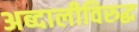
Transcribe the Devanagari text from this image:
अब्दालीविरुद्ध